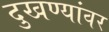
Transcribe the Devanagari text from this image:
दुखण्यांवर